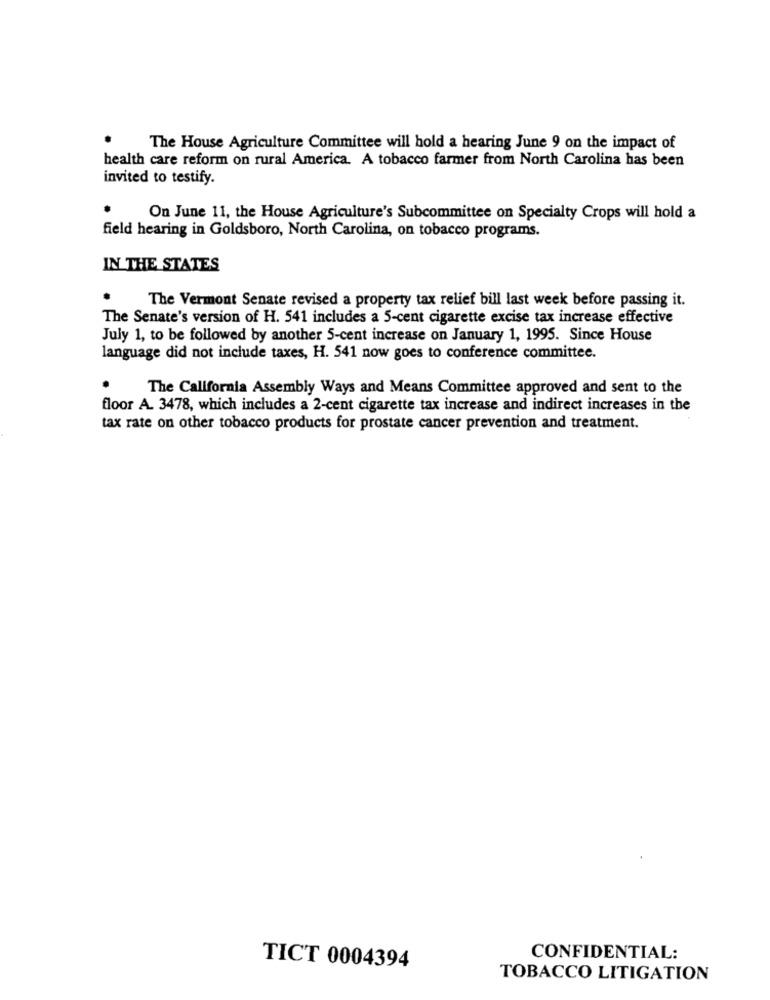
The House Agriculture Committee will hold a hearing June 9 on the impact of
health care reform on rural America. A tobacco farmer from North Carolina has been
invited to testify.
On June 11, the House Agriculture's Subcommittee on Specialty Crops will hold a
field hearing in Goldsboro, North Carolina, on tobacco programs.
IN THE STATES
The Vermont Senate revised a property tax relief bill last week before passing it.
The Senate's version of H. 541 includes a 5-cent cigarette excise tax increase effective
July 1, to be followed by another 5-cent increase on January 1, 1995. Since House
language did not include taxes, H. 541 now goes to conference committee.
The California Assembly Ways and Means Committee approved and sent to the
floor A. 3478, which includes a 2-cent cigarette tax increase and indirect increases in the
tax rate on other tobacco products for prostate cancer prevention and treatment.
CONFIDENTIAL:
TICT 0004394
TOBACCO LITIGATION